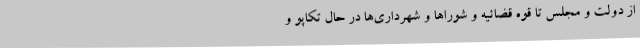
از دولت و مجلس تا قوه قضائیه و شوراها و شهرداری‌ها در حال تکاپو و